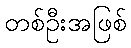
တစ်ဦးအဖြစ်